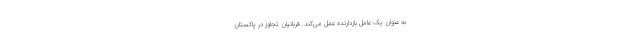
به عنوان یک عامل بازدارنده عمل می‌کند. قربانیان تجاوز در پاکستان